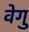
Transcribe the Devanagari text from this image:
वेगु